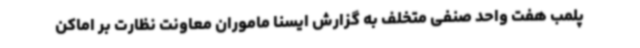
پلمب هفت واحد صنفی متخلف به گزارش ایسنا ماموران معاونت نظارت بر اماکن